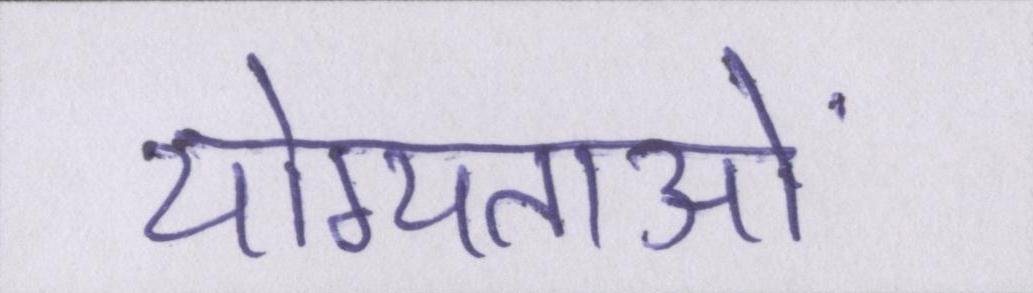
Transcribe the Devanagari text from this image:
योग्यताओं